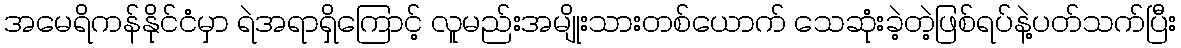
အမေရိကန်နိုင်ငံမှာ ရဲအရာရှိကြောင့် လူမည်းအမျိုးသားတစ်ယောက် သေဆုံးခဲ့တဲ့ဖြစ်ရပ်နဲ့ပတ်သက်ပြီး